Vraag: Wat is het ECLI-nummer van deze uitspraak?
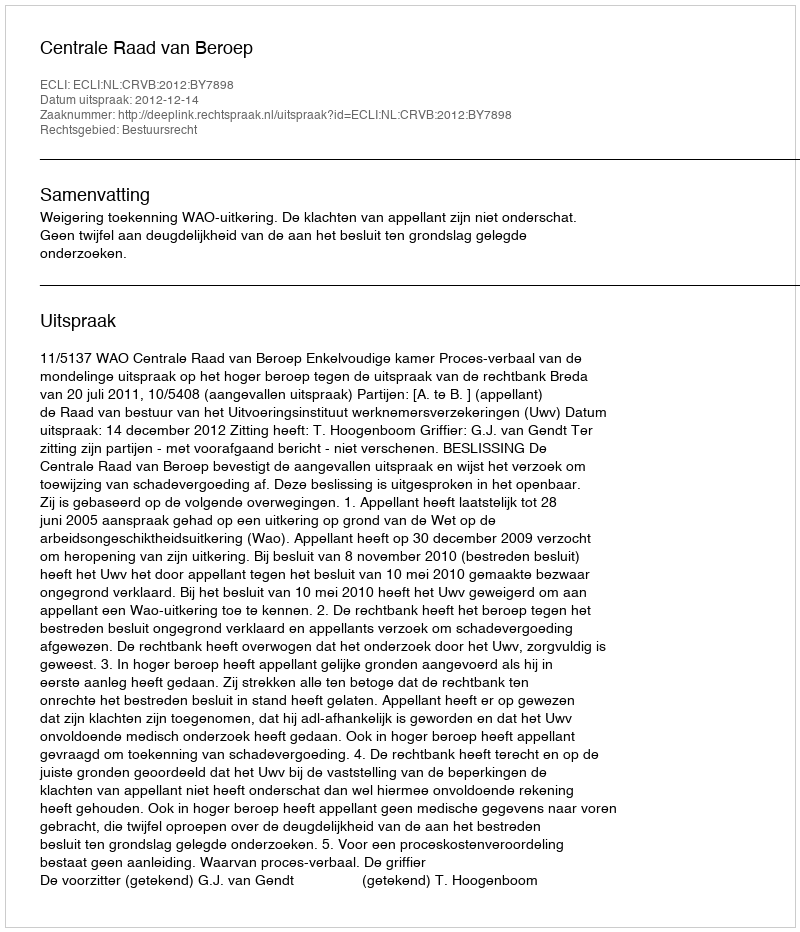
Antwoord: ECLI:NL:CRVB:2012:BY7898